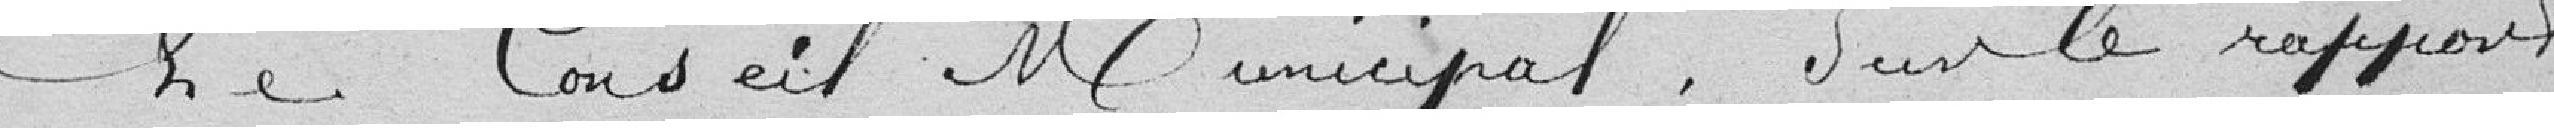
Le Conseil Municipal, sur le rapport